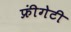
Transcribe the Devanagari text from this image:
फ्रींगेटी